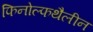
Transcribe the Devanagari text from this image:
फिनोल्फथैलीन